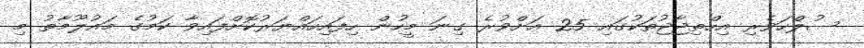
ސުލްހަވެރި އިހްތިޖާޖުތަކުގައި 25 އަށްވުރެ ގިނަ މީހުން ހިފައިހައްޔަރުކޮށްފައިވާ ކަމުގެ މައުލޫމާތު މި